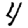
Digit: 4